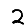
Digit: 2